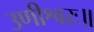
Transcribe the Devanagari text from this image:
उणीश्वरः॥